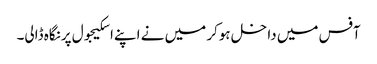
آفس میں داخل ہوکر میں نے اپنےاسکیجول پرنگاہ ڈالی۔